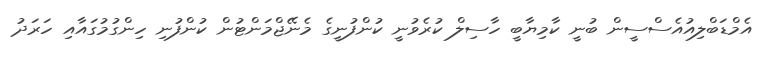
އެމްޑަބްލިއުއެސްސީން ބުނީ ކާމިޔާބީ ހާސިލް ކުރެވުނީ ކުންފުނީގެ މެނޭޖްމަންޓުން ކުންފުނި ހިންގުމުގައާއި ހަރަދު